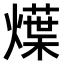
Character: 𤐌